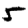
Digit: 5